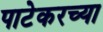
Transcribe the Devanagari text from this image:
पाटेकरच्या